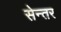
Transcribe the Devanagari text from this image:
सेन्तर